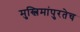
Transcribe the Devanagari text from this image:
मुस्लिमांपुरतेच